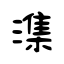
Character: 潗